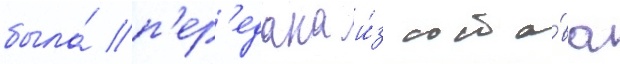
была́ п'ер'едана и́з соста́ва